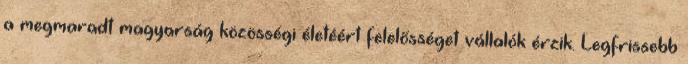
a megmaradt magyarság közösségi életéért felelősséget vállalók érzik. Legfrissebb